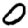
Digit: 0